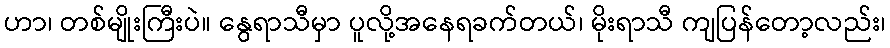
ဟာ၊ တစ်မျိုးကြီးပဲ။ နွေရာသီမှာ ပူလို့အနေရခက်တယ်၊ မိုးရာသီ ကျပြန်တော့လည်း၊